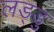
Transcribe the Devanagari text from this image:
लड्डु